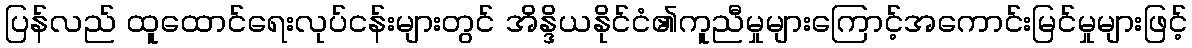
ပြန်လည် ထူထောင်ရေးလုပ်ငန်းများတွင် အိန္ဒိယနိုင်ငံ၏ကူညီမှုများကြောင့်အကောင်းမြင်မှုများဖြင့်